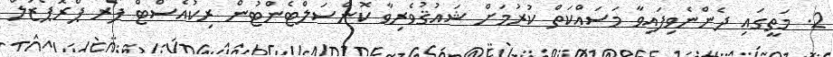
2. މަތީގައި ދެންނެވިފައިވާ މަސައްކަތް ކުރުމަށް ޝައުޤުވެރިވާ ކޮންސަލްޓެންޓުން ރިކުއެސްޓް ފޯރ ޕްރޮޕޯޒަލް